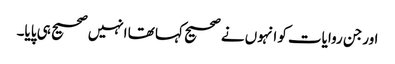
اورجن روایات کو انہوں نے صحیح کہا تھا انہیں صحیح ہی پایا۔